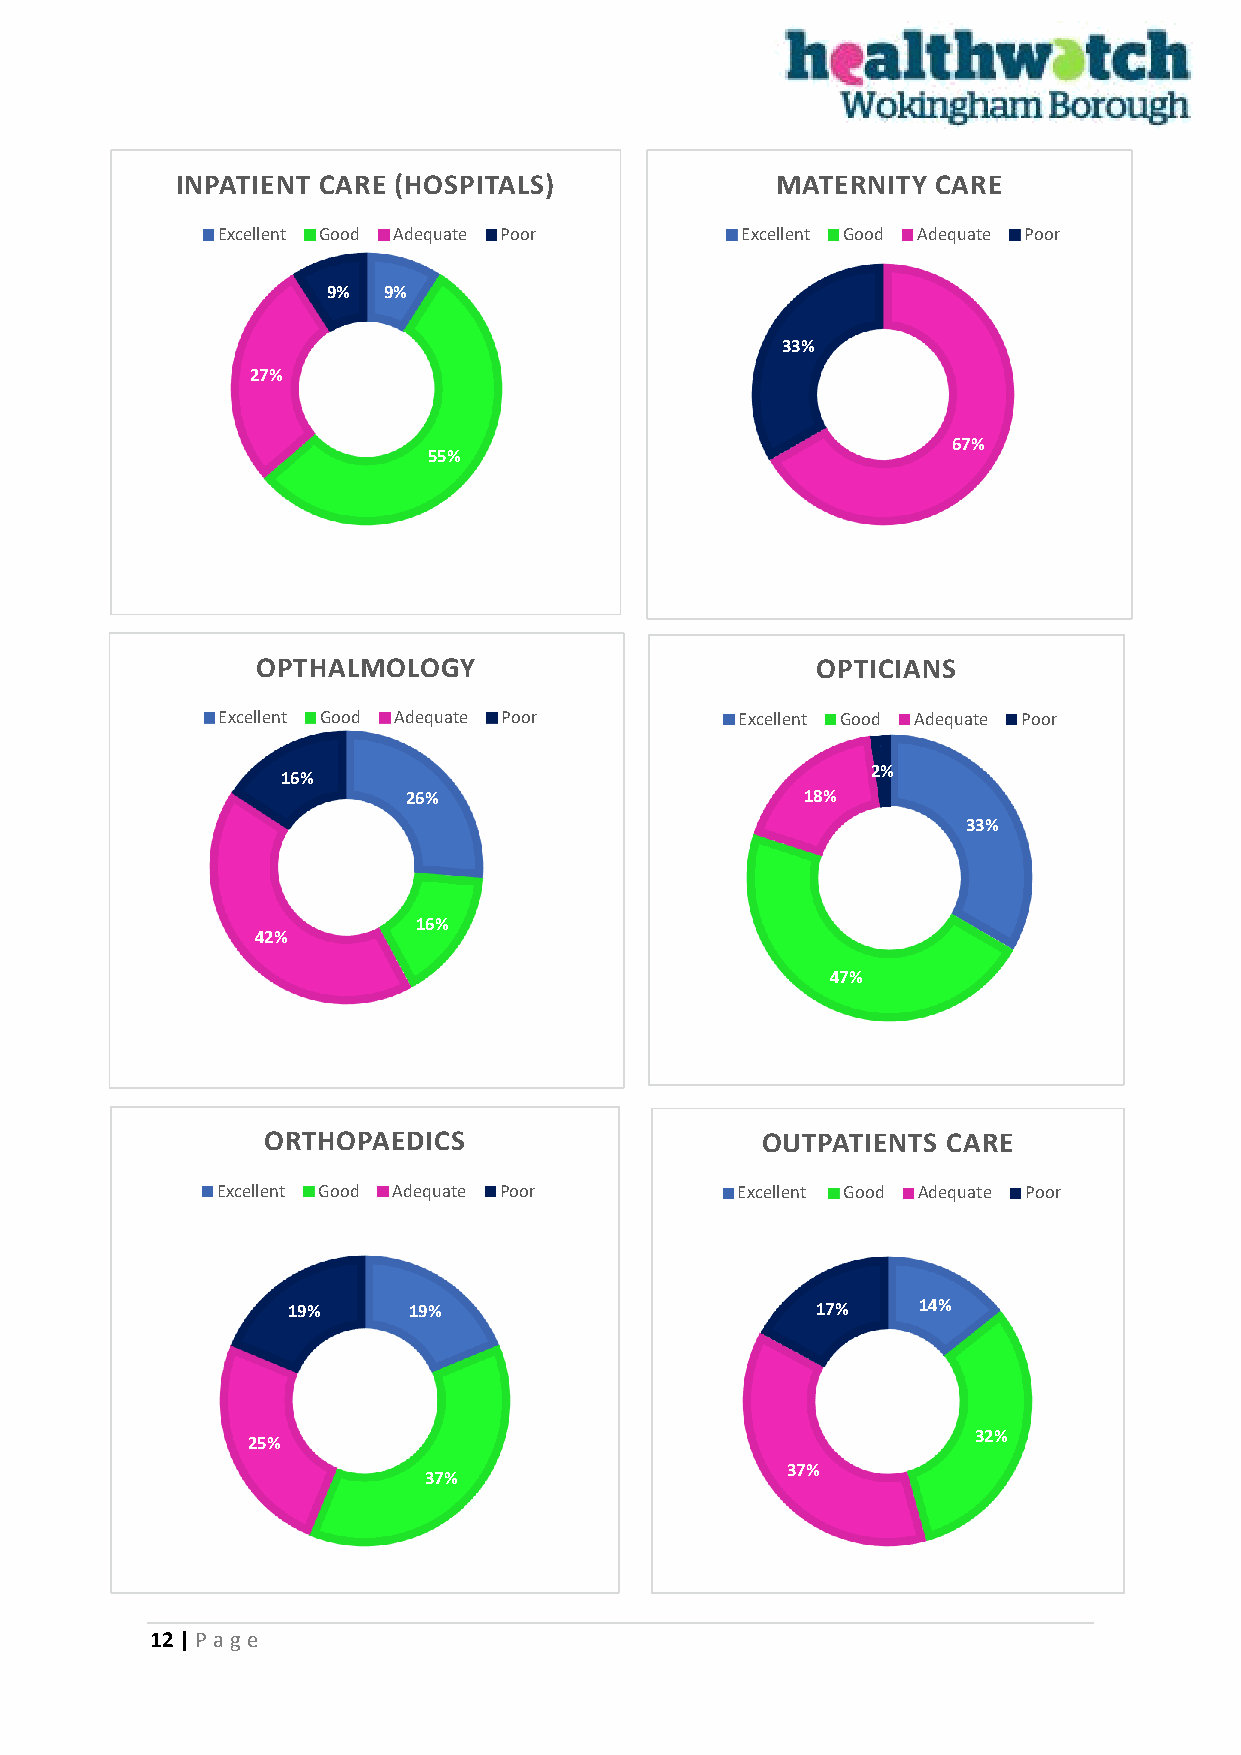
INPATIENT CARE (HOSPITALS)             MATERNITY  CARE
 Excellent Good Adequate Poor       Excellent Good Adequate Poor
 9% 9%
 33%
 27%
 67%
 55%
 OPTHALMOLOGY                         OPTICIANS
 Excellent Good Adequate Poor       Excellent Good Adequate Poor
 16%                                    2%
 26%                       18%
 33%
 16%
 42%
 47%
 ORTHOPAEDICS                     OUTPATIENTS  CARE
 Excellent Good Adequate Poor       Excellent Good Adequate Poor
 19%     19%                        17%    14%
 32%
 25%
 37%
 37%
 12 | P age